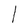
Character: l